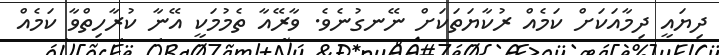
ދިޔައީ ދިމާއަކަށް ކަމެއް ރުކާޔަތަކަށް ނޭނގުނެވެ. ވާރޭއާ ތެމުމަކީ އޭނާ ކުރާހިތްވާ ކަމެއް